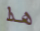
هذا